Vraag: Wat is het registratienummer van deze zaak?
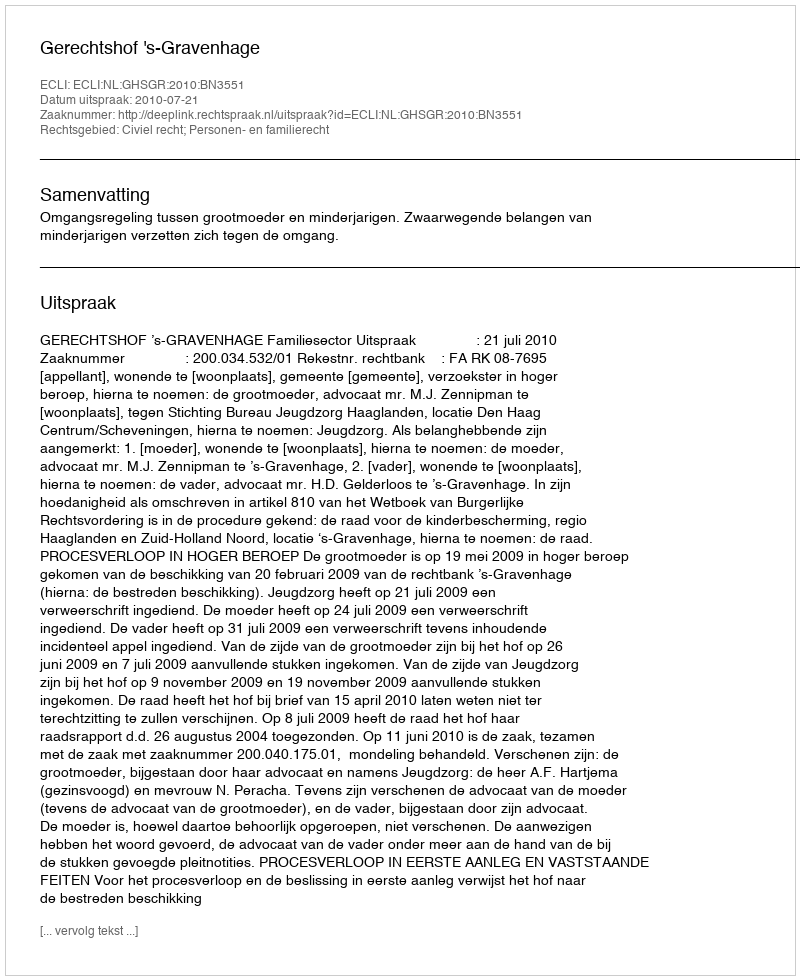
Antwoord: http://deeplink.rechtspraak.nl/uitspraak?id=ECLI:NL:GHSGR:2010:BN3551